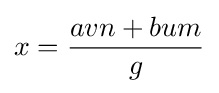
x={\frac {avn+bum}{g}}